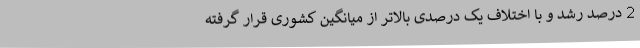
2 درصد رشد و با اختلاف یک درصدی بالاتر از میانگین کشوری قرار گرفته